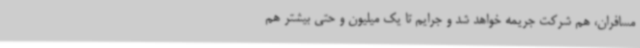
مسافران، هم شرکت جریمه خواهد شد و جرایم تا یک میلیون و حتی بیشتر هم